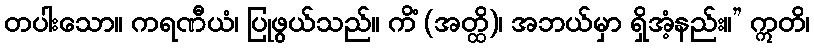
တပါးသော။ ကရဏီယံ၊ ပြုဖွယ်သည်။ ကိံ (အတ္ထိ)၊ အဘယ်မှာ ရှိအံ့နည်း။” ဣတိ၊